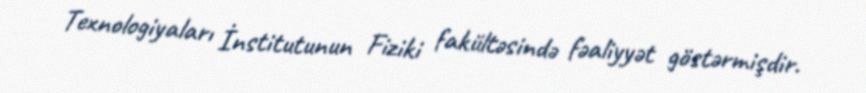
Texnologiyaları İnstitutunun Fiziki fakültəsində fəaliyyət göstərmişdir.